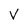
Character: V